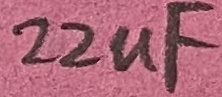
Text: 22uF